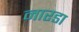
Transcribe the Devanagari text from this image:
नारडा